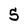
Character: 5